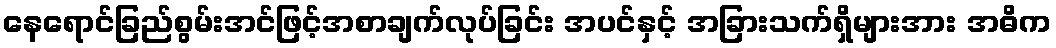
နေရောင်ခြည်စွမ်းအင်ဖြင့်အစာချက်လုပ်ခြင်း အပင်နှင့် အခြားသက်ရှိများအား အဓိက